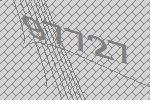
97727